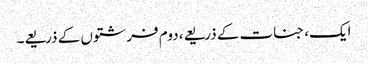
ایک، جنات کے ذریعے، دوم فرشتوں کے ذریعے۔